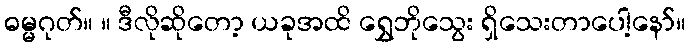
ဓမ္မဂုတ်။ ။ ဒီလိုဆိုတော့ ယခုအထိ ရွှေဘိုသွေး ရှိသေးတာပေါ့နော်။